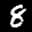
Label: 8